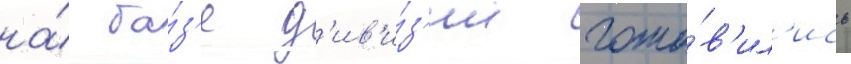
на́ ба́з'е д'ив'и́з'ии гото́в'ил'ись